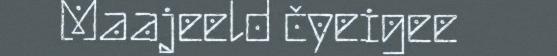
Maajeeld čyeigee